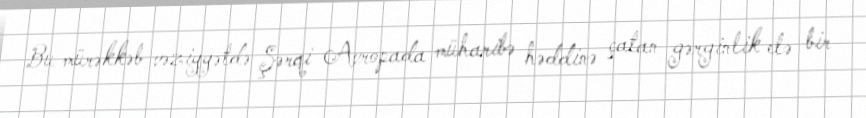
Bu mürəkkəb vəziyyətdə Şərqi Avropada müharibə həddinə çatan gərginlik elə bir